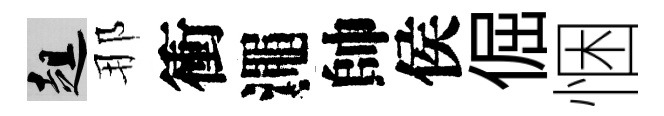
趄那衝澠帥侯倔悃